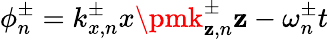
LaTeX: \phi_{n}^{\pm}=k_{x,n}^{\pm}x\pmk_{\mathbf{z},n}^{\pm}\mathbf{z}-\omega_{n}^{\pm}t